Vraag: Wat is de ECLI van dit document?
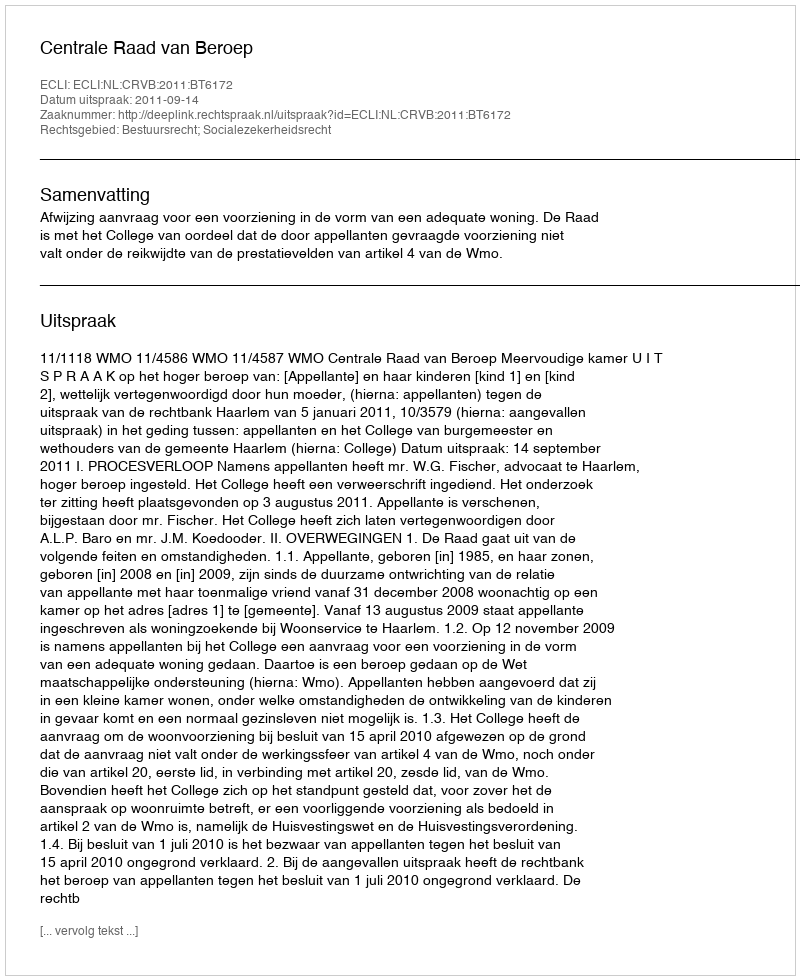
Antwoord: ECLI:NL:CRVB:2011:BT6172